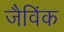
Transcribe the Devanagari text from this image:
जैविंक